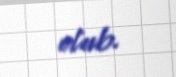
olub.